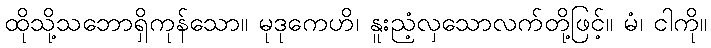
ထိုသို့သဘောရှိကုန်သော။ မုဒုကေဟိ၊ နူးညံ့လှသောလက်တို့ဖြင့်။ မံ၊ ငါကို။